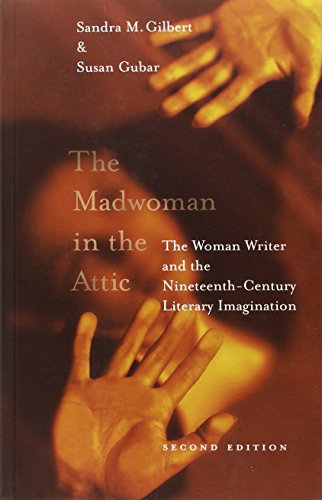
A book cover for The Madwoman in the Attic: The Woman Writer and the Nineteenth-Century Literary Imagination (Yale Nota Bene S); Sandra M. Gilbert; Literature & Fiction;